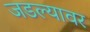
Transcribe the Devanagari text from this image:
जडल्यावर